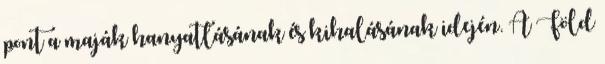
pont a maják hanyatlásának és kihalásának idején. A Föld